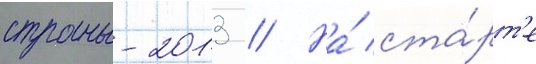
страны-2013 // На́ ста́рт'е